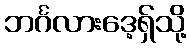
ဘင်္ဂလားဒေ့ရှ်သို့